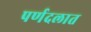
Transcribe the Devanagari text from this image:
पर्णदलात